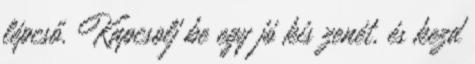
lépcső. Kapcsolj be egy jó kis zenét, és kezd